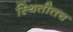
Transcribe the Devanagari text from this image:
स्थितीतच